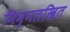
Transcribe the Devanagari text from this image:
निम्नलखित